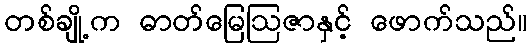
တစ်ချို့က ဓာတ်မြေဩဇာနှင့် ဖောက်သည်။